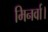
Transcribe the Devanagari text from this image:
मिनर्वा।